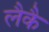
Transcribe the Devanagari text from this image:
लैकै